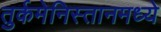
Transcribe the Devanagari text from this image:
तुर्कमेनिस्तानमध्ये